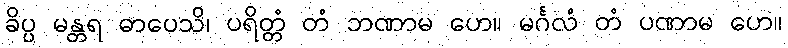
ခိပ္ပ မန္တရ ဓာပေသိ၊ ပရိတ္တံ တံ ဘဏာမ ဟေ။ မင်္ဂလံ တံ ပဏာမ ဟေ။